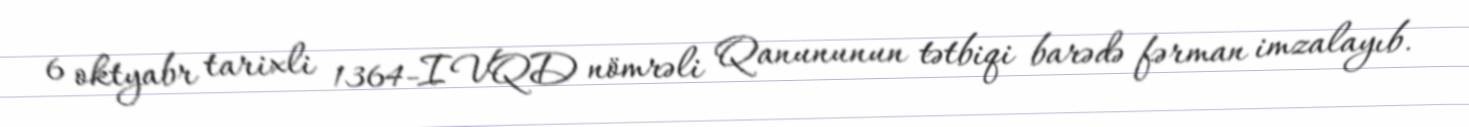
6 oktyabr tarixli 1364-IVQD nömrəli Qanununun tətbiqi barədə fərman imzalayıb.